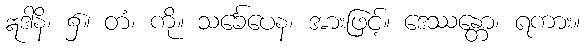
ဣဒါနိ၊ ၌။ တံ၊ ကို။ သင်္ခေပေန၊ အားဖြင့်။ ဒေဿန္တော၊ ရကား။